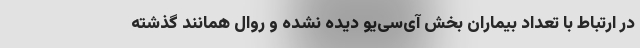
در ارتباط با تعداد بیماران بخش‌ آی‌سی‌یو دیده نشده و روال همانند گذشته